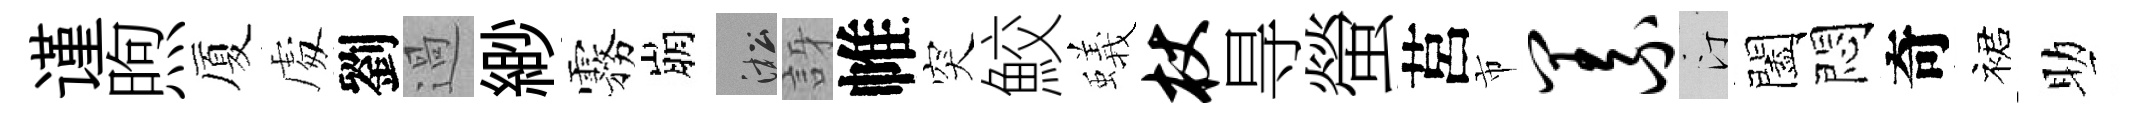
谨煦厦䖏劉過緲霧崩淞訝帷突鮫蟻杖㝵螢莒市义汀闔悶奇裙助